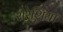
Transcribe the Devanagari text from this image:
सेरेशिया